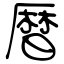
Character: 暦